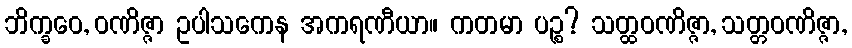
ဘိက္ခဝေ, ဝဏိဇ္ဇာ ဥပါသကေန အကရဏီယာ။ ကတမာ ပဉ္စ? သတ္ထဝဏိဇ္ဇာ, သတ္တဝဏိဇ္ဇာ,